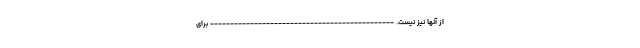
از آنها نیز نیست. ---------------------------------------------- برای